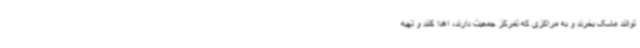
‌توانند ماسک بخرند و به مراکزی که تمرکز جمعیت دارند، اهدا کنند و تهیه